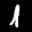
Label: 1